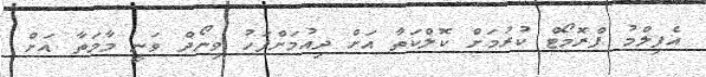
އެފިލްމު ޕްރޮމޯޓް ކުރުމަށް ކޮލްކަތާ އަށް ދިއުމަށްފަހު ވިނޯދް ވަނީ މާމަތާ އަށް